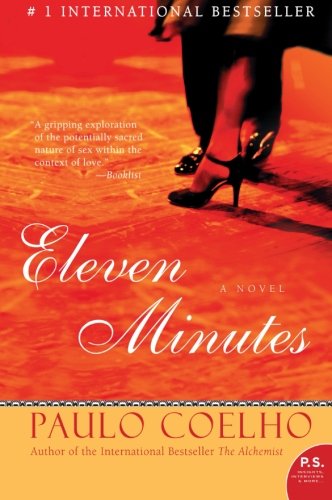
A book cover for Eleven Minutes: A Novel (P.S.); Paulo Coelho; Literature & Fiction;